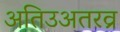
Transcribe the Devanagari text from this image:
अतिउअतरव्र